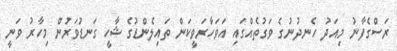
ރަސްގެފާނު މިއަދު ހެނދުނުގެ ވަގުތެއްގައި އަވަހާރަވީކަން ތައިލެންޑުގެ ޝާހީ ގަނޑުވަރުން މިހާރު ވަނީ